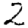
Digit: 2